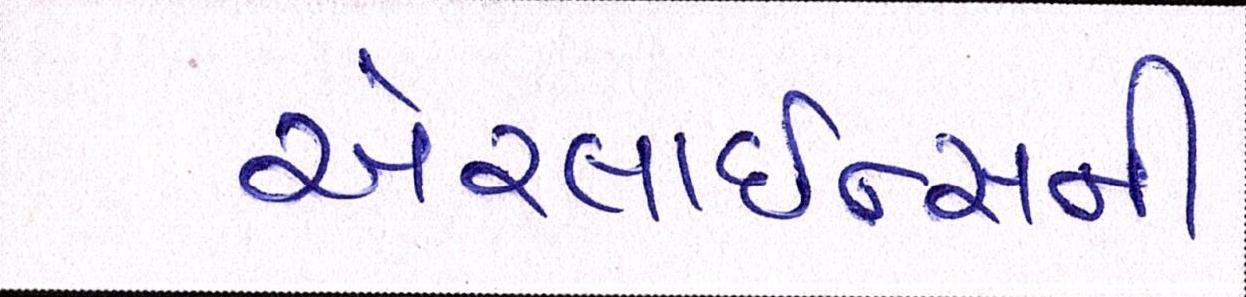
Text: એરલાઇન્સની